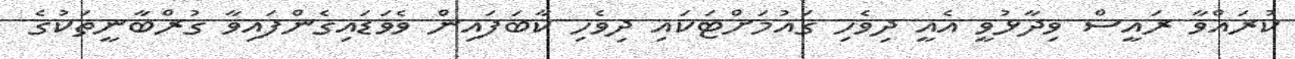
ކުރައްވާ ރައީސް ވިދާޅުވީ އެއީ ދިވެހި ގައުމަށްޓަކައި ދިވެހި ކާބަފައިން ވެވަޑައިގެންފައިވާ ގުރްބާނީތަކުގެ